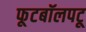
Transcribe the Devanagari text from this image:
फूटबॉलपटू